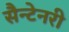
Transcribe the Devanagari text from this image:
सैन्टेनरी